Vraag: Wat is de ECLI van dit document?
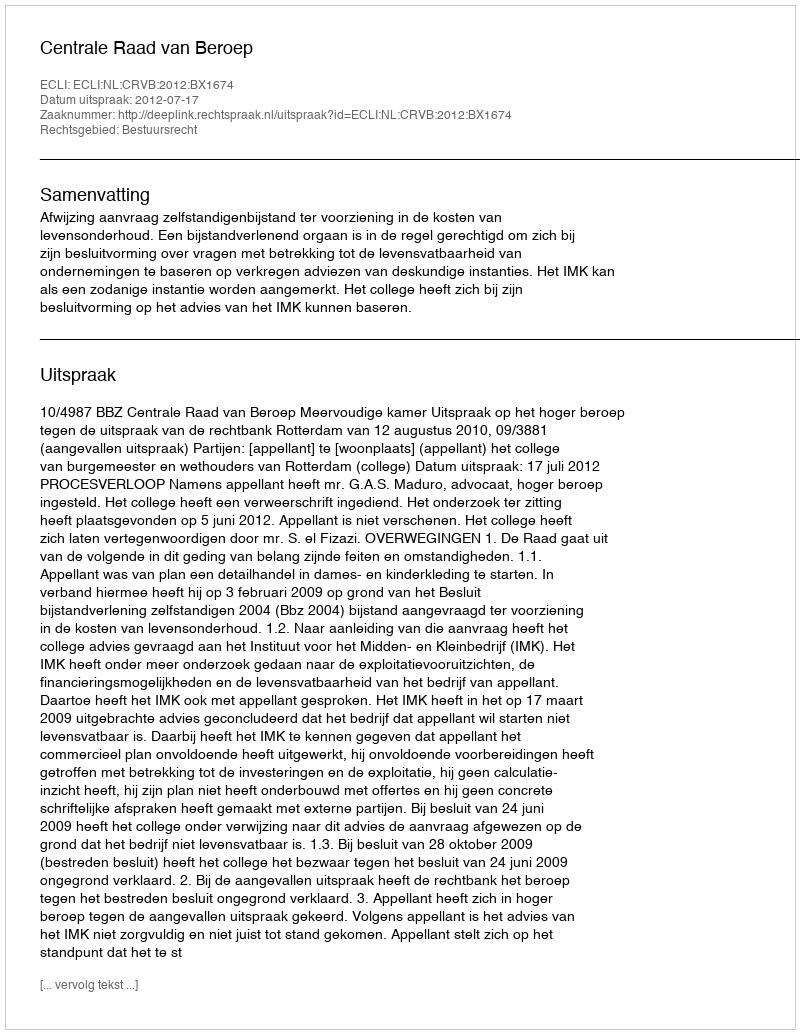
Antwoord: ECLI:NL:CRVB:2012:BX1674